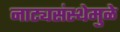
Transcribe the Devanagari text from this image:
नाट्यसंस्थेमुळे